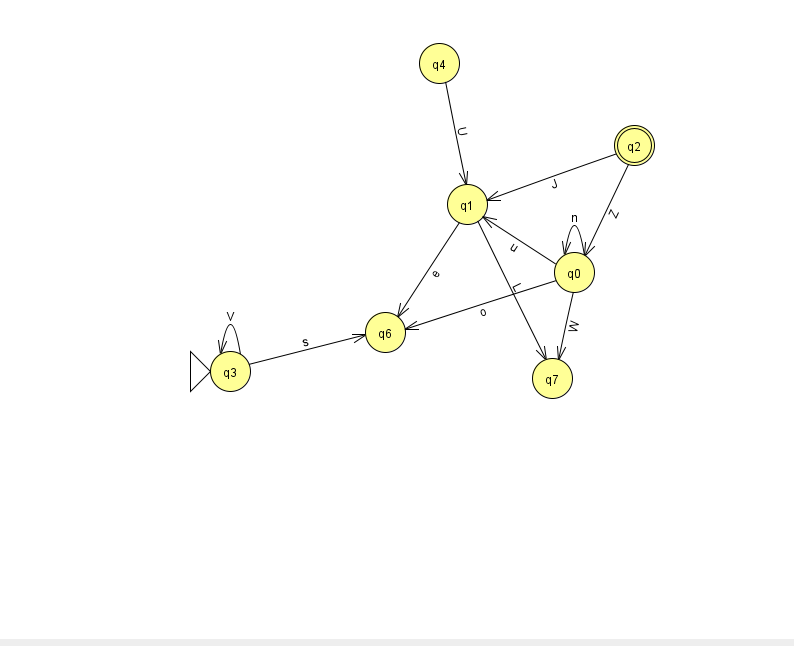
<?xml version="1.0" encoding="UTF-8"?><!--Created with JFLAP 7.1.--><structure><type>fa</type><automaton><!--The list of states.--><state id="0" name="q0"><x>574.0</x><y>259.0</y></state><state id="1" name="q1"><x>467.0</x><y>191.0</y></state><state id="2" name="q2"><x>634.0</x><y>132.0</y><final/></state><state id="3" name="q3"><x>230.0</x><y>358.0</y><initial/></state><state id="4" name="q4"><x>439.0</x><y>50.0</y></state><state id="6" name="q6"><x>385.0</x><y>319.0</y></state><state id="7" name="q7"><x>552.0</x><y>365.0</y></state><!--The list of transitions.--><transition><from>0</from><to>7</to><read>W</read></transition><transition><from>0</from><to>6</to><read>o</read></transition><transition><from>2</from><to>1</to><read>J</read></transition><transition><from>3</from><to>6</to><read>s</read></transition><transition><from>0</from><to>1</to><read>u</read></transition><transition><from>2</from><to>0</to><read>Z</read></transition><transition><from>3</from><to>3</to><read>V</read></transition><transition><from>4</from><to>1</to><read>U</read></transition><transition><from>1</from><to>6</to><read>e</read></transition><transition><from>1</from><to>7</to><read>L</read></transition><transition><from>0</from><to>0</to><read>n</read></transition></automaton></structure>